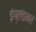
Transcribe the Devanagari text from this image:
इंग्लंडावर